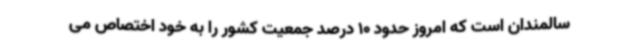
سالمندان است که امروز حدود 10 درصد جمعیت کشور را به خود اختصاص می